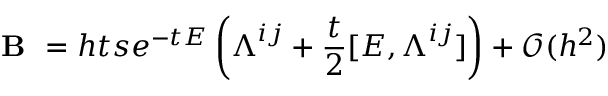
\boldsymbol { \textbf { B } } = h t s e ^ { - t \boldsymbol { E } } \left( \boldsymbol { \Lambda } ^ { i j } + \frac { t } { 2 } [ \boldsymbol { E } , \boldsymbol { \Lambda } ^ { i j } ] \right) + \mathcal { O } ( h ^ { 2 } )